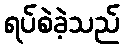
ရပ်စဲခဲ့သည်